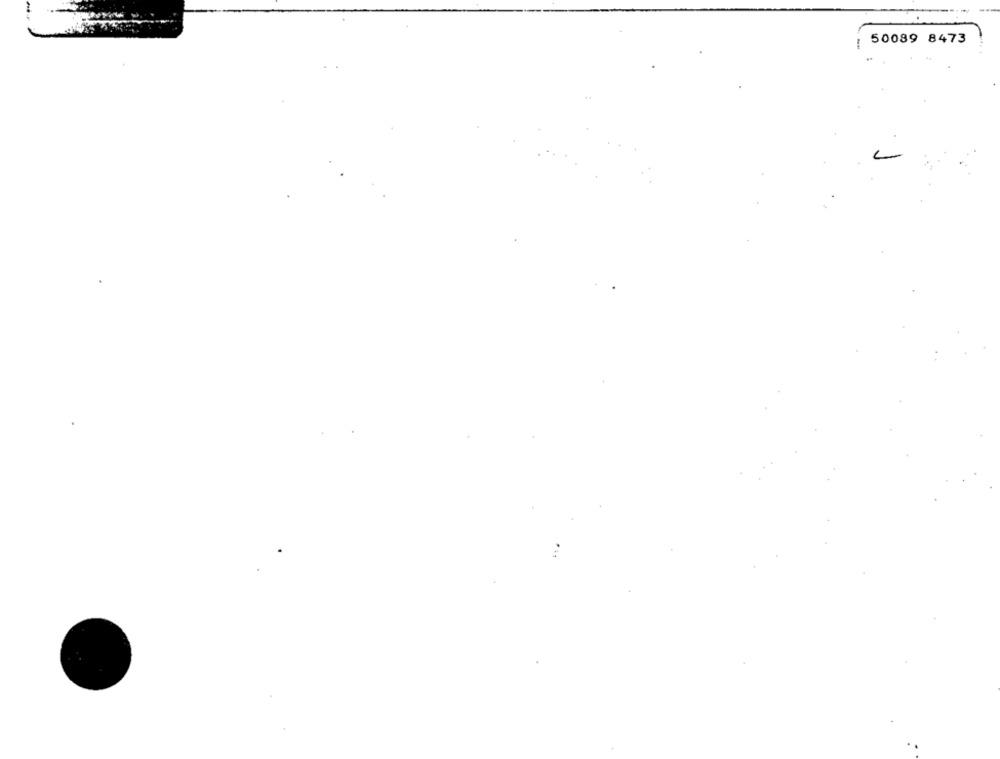
: 50089 8473